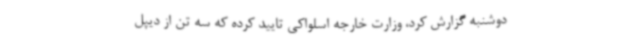
دوشنبه گزارش کرد، وزارت خارجه اسلواکی تایید کرده که سه تن از دیپل